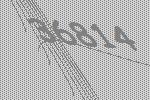
36814